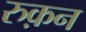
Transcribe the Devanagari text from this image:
रुक़न